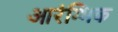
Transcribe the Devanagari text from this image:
आरंम्भिक